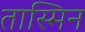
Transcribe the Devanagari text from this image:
तास्मिन